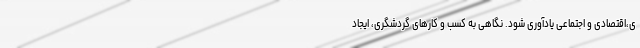
ی،اقتصادی و اجتماعی یادآوری شود. نگاهی به کسب و کار‌های گردشگری، ایجاد